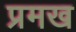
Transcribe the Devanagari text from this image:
प्रमख